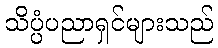
သိပ္ပံပညာရှင်များသည်